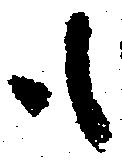
も